Report on sanitation, dispensaries, and jails in Rajputana for 1916, and on vaccination for the year 1916-1917 - 1916-1917
Year: 1916
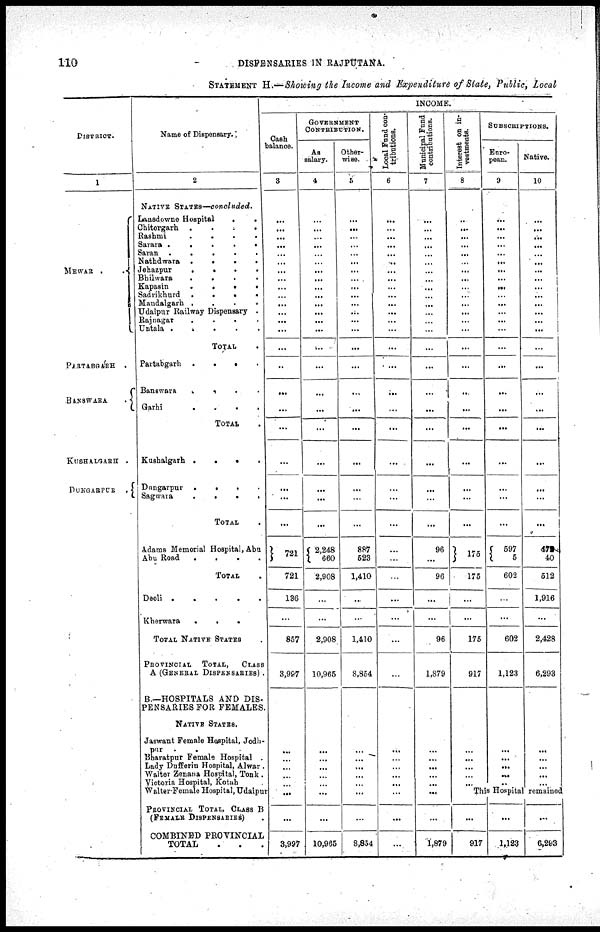
110
DISPENSARIES IN RAJPUTANA.
STATEMENT H.—Showing the Income and Expenditure of State, Public, Local
DISTRICT.
1
MEWAR
..
PARTABGARH
.
BANSWARA
.
KUSHALGARH .
DUNGARPUR
.
Name of Dispensary.
2
NATIVE STATES—concluded.
Lansdowne Hospital
..
Chitorgarh
....
Rashmi
....
Sarara
.....
Saran
.....
Nathdwara
....
Jehazpur
....
Bhilwara
....
Kapasin
....
Sadrikhurd
....
Mandalgarh
....
Udaipur Railway Dispensary .
Rajnagar
....
Untala
.....
TOTAL .
Partabgarh
....
Banswava
....
Garhi
....
TOTAL .
Kushalgarh
...
Dungarpur
....
Sagwara
....
TOTAL .
Adams Memorial Hospital, Abu
Abu Road
....
TOTAL .
Deoli
.....
Kherwara
....
TOTAL NATIVE STATES .
PROVINCIAL
TOTAL,
CLASS
A (GENERAL DISPENSARIES) .
B.—HOSPITALS AND DIS-
PENSARIES FOR FEMALES.
NATIVE STATES.
Jaswant Female Hospital, Jodh-
pur .....
Bharatpur Female Hospital .
Lady Dufferin Hospital, Alwar .
Walter Zenana Hospital, Tonk .
Victoria Hospital, Kotah .
Walter-Female Hospital, Udaipur
PROVINCIAL TOTAL, CLASS B
(FEMALE DISPENSARIES) .
COMBINBD PROVINCIAL
TOTAL ...
INCOME.
Cash
balance.
3
...
...
...
...
...
...
...
...
...
...
...
...
...
...
...
...
...
...
...
...
...
...
...
721
721
136
...
857
3,997
...
...
...
...
...
...
...
3,997
BOVERNMENT
CONTRIBUTION.
As
salary.
4
...
...
...
...
...
...
...
...
...
...
...
...
...
...
...
...
...
...
...
...
...
...
...
2,248
660
2,908
...
...
2,908
10,965
...
...
...
...
...
...
...
10,965
Other-
wise.
5
...
...
...
...
...
...
...
...
...
...
...
...
...
...
...
...
...
...
...
...
...
...
...
887
523
1,410
...
...
1,410
8,854
...
...
...
...
...
...
...
8,854
Local Fund con-
tributions.
6
...
...
...
...
...
...
...
...
...
...
...
...
...
...
...
...
...
...
...
...
...
...
...
...
...
...
...
...
...
...
...
...
...
...
...
...
...
...
Municipal Fund
contributions.
7
...
...
...
...
...
...
...
...
...
...
...
...
...
...
...
...
...
...
...
...
...
...
...
96
...
96
...
...
96
1,879
...
...
...
...
...
...
...
1,879
Interest on in-
vestments.
8
...
...
...
...
...
...
...
...
...
...
...
...
...
...
...
...
...
...
...
...
...
...
...
175
175
...
...
175
917
...
...
...
...
...
SUBSCRIPTIONS.
Euro-
pean.
9
...
...
...
...
...
...
...
...
...
...
...
...
...
...
...
...
...
...
...
...
...
...
...
597
5
602
...
...
602
1,123
...
...
...
...
...
Native.
10
...
...
...
...
...
...
...
...
...
...
...
...
...
...
...
...
...
...
...
...
...
...
...
472
40
512
1,916
...
2,428
6,293
...
...
...
...
...
This Hospital remained
...
917
...
1,123
...
6,293